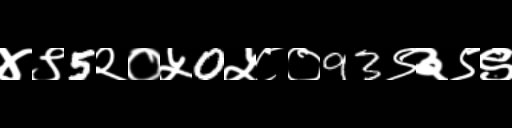
Text: ४९5२०५0५८०93९३९९